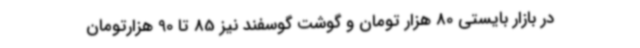
در بازار بایستی 80 هزار تومان و گوشت گوسفند نیز 85 تا 90 هزارتومان